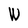
Character: W